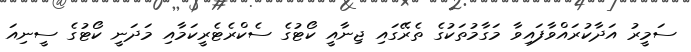
ސަމީރު އަދާކުރައްވާފައިވާ މަގާމުތަކުގެ ތެރޭގައި ޖިނާއީ ކޯޓުގެ ސެކްރެޓެރީކަމާއި މަދަނީ ކޯޓުގެ ސީނިއަ